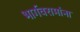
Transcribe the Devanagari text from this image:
भार्गवरामांना